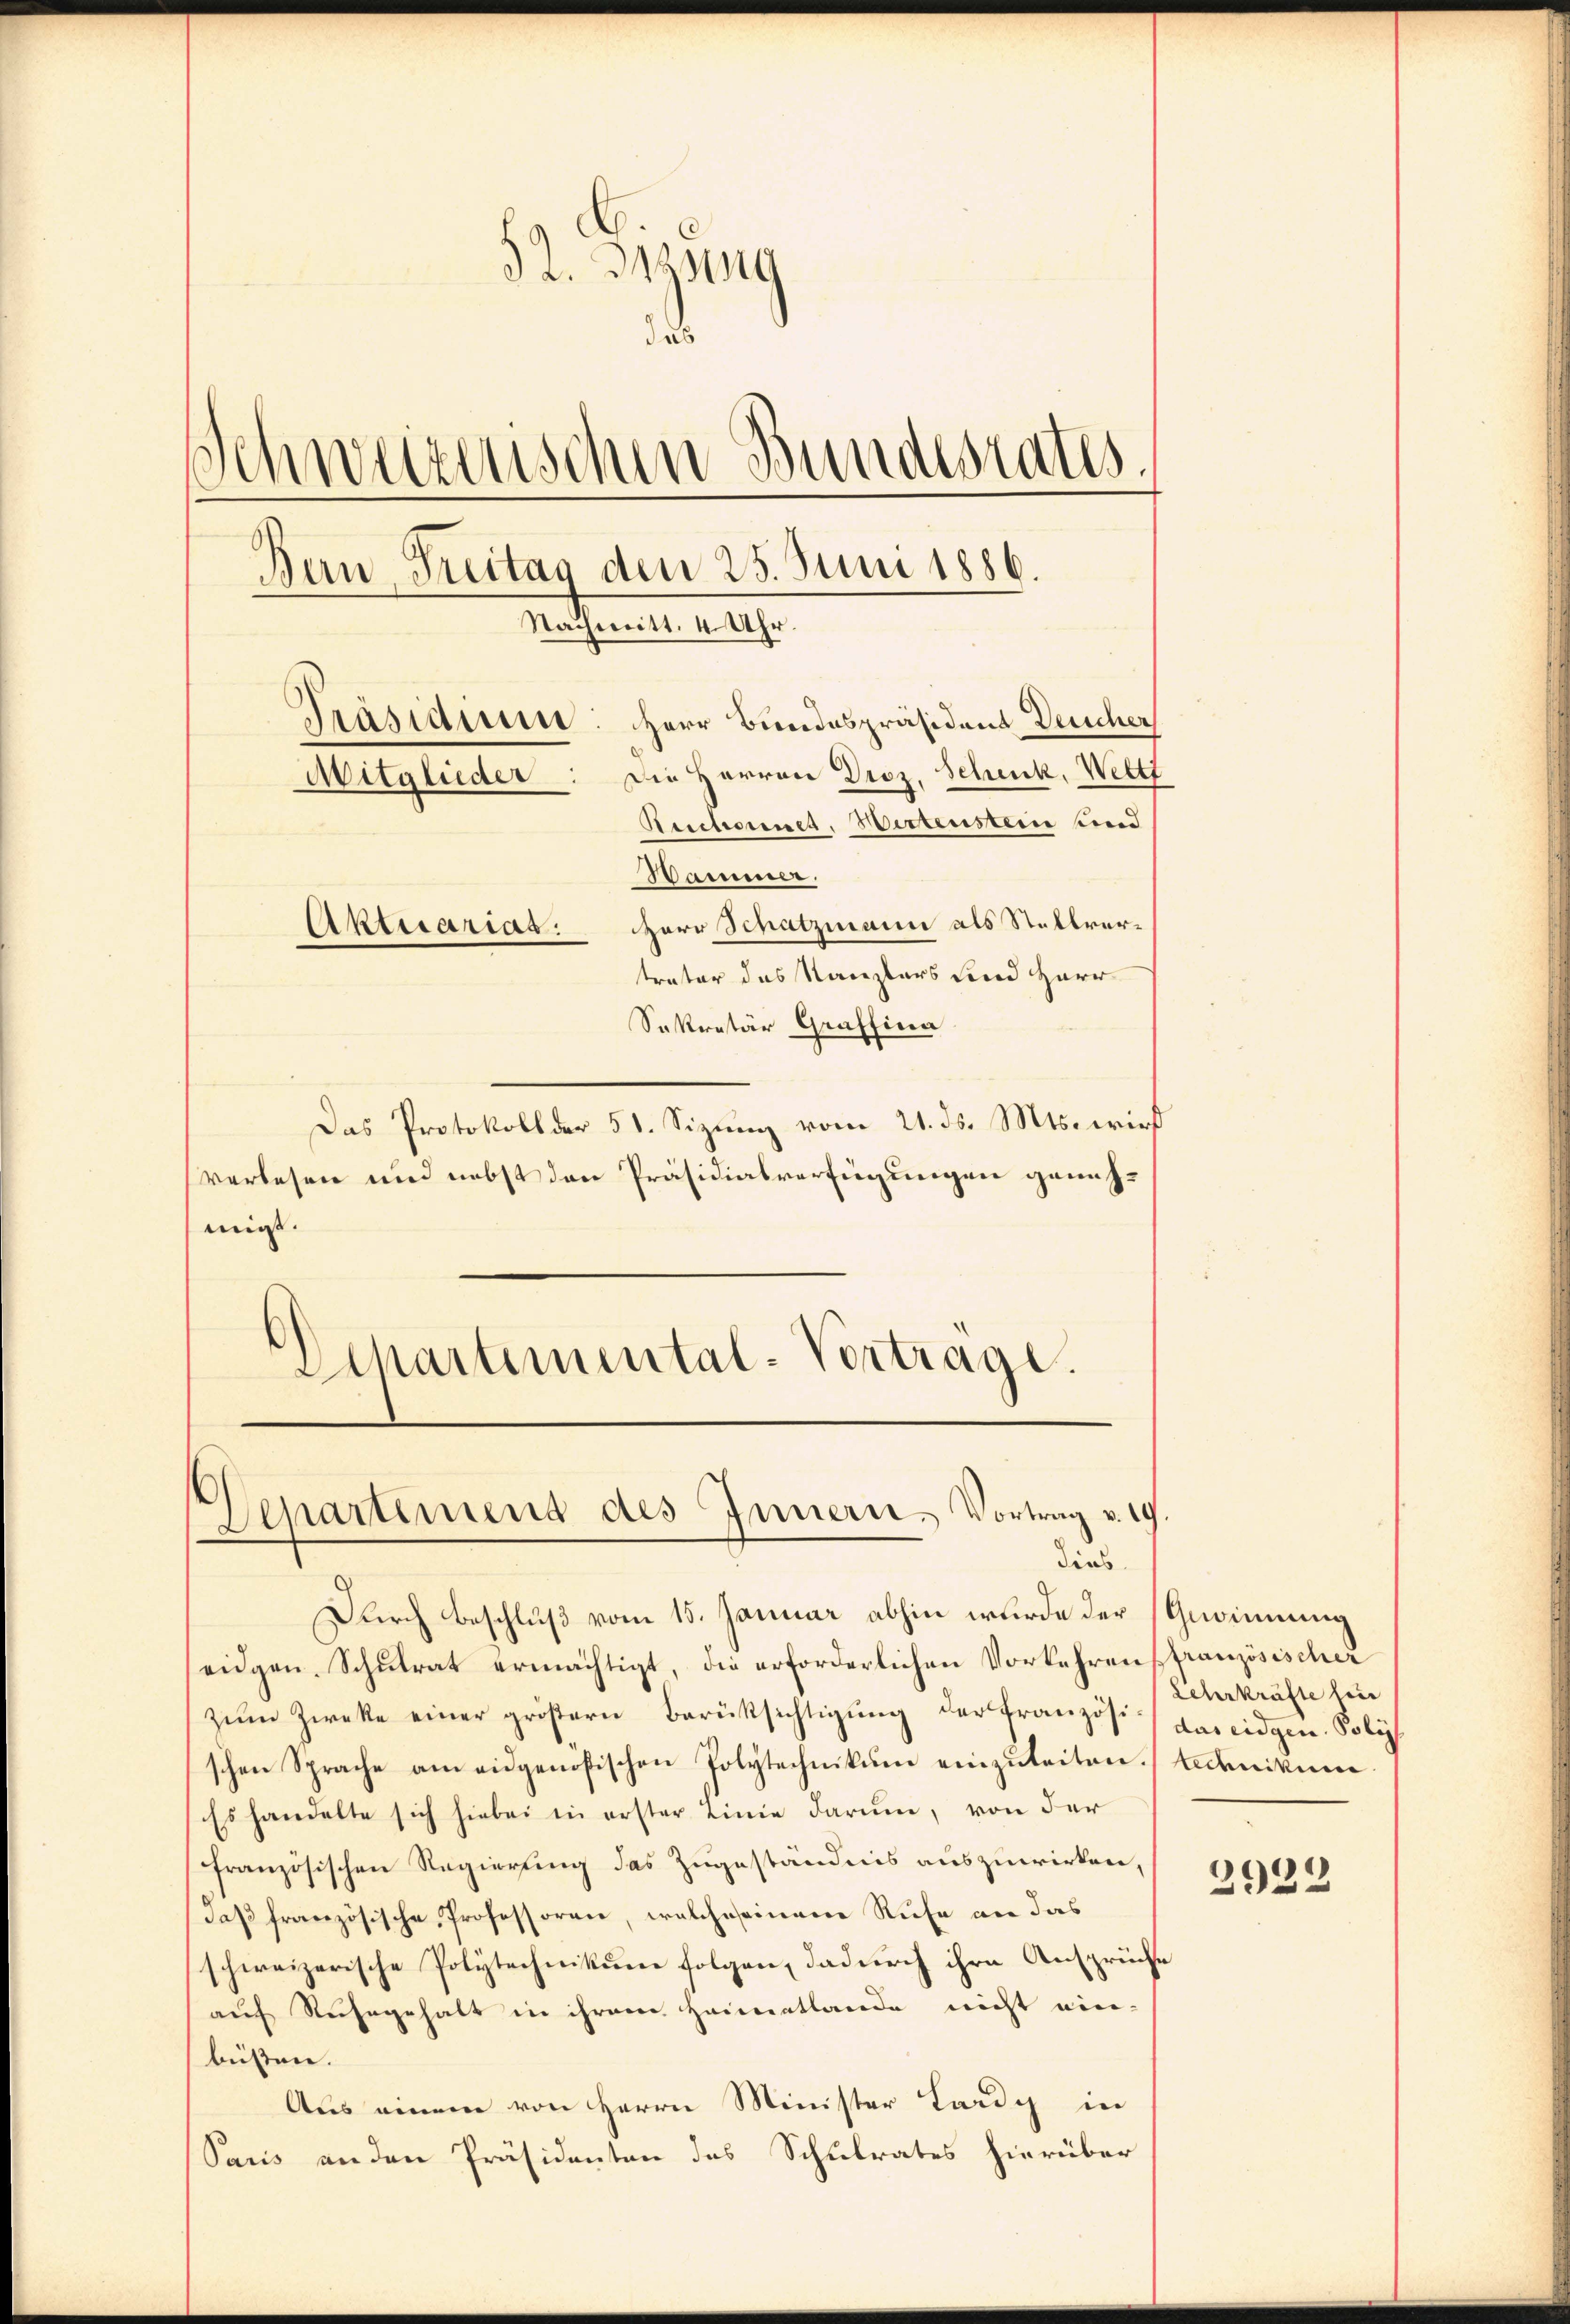
32. 313 149
das
Schweizerischen Bundesrates.
Bern Freitag den 25. Juni 1886.
Mathenen ausge
Präsiden: Herr Bundespräsidend Deucher
Mitglieder: Die Herrn Droz. Schenk, Weltt
Rectorenet. Wertenstein und
Hammer.

Aktuariat. Herr Schatzmann als Stellvertrater das Kanzlers und Herr
Sekretär Graffina
Das Protokoll der 51. Sizung vom 21. ds. Mts. wird
verlesen und nebst den Präsidialverfügungen genehmir.
Schartemental-Vortrage.

¬
Departemend des Innern. Vortrag v. 19.
dies

Durch Beschluß vom 15. Januar abhin wurde der Gewinnung
eidgen. Schulrat ermächtigt, die erforderlichen Vorkehrens französischer
zŭm Zwecke einer größern Berüksichtigung der französi-Lehrkräfte fin
schen Sprache am eidgenößischen Polytechnikum einzuleiten Adenikum
Es handelte sich hiebei in erster Linie darum, von der
französischen Regierung das Zugeständnis auszuwirken,
Daß französische Professoren, welche seinen Rufe an das
schweizerische Polytechnikum folgen, dadurch ihre Ansprüche
auf Ruhegehalt in ihrem Heimatlande nicht ein-
büßen.
Aus einem von Herrn Minister Lardy in
Sacis an den Präsidenten des Schulrates hierüber

das eidgen. Poli

1
292: